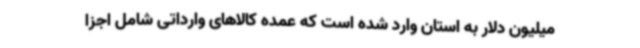
میلیون دلار به استان وارد شده است که عمده کالاهای وارداتی شامل اجزا